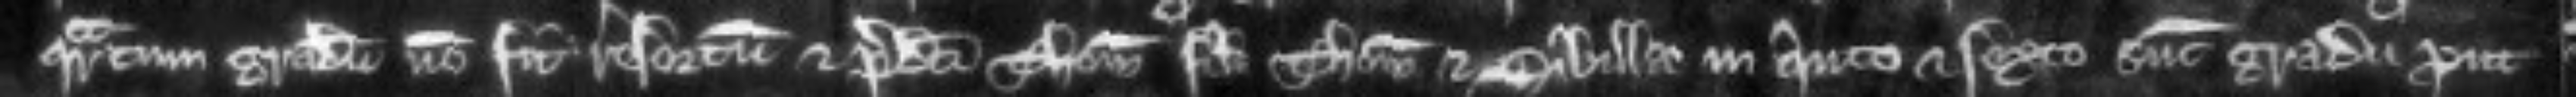
quartam gradum non fit resortum et predicti Thomas filius Thome et Sibilla in quinto et sexto sunt gradu prout